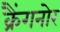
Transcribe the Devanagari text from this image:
क्रैंगनोर